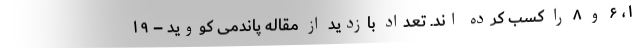
۱، ۶ و ۸ را کسب کرده اند. تعداد بازدید از مقاله پاندمی کووید – ۱۹